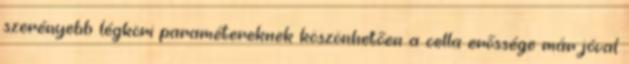
szerényebb légköri paramétereknek köszönhetően a cella erőssége már jóval